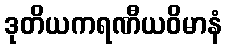
ဒုတိယကရဏီယဝိမာနံ